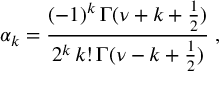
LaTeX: \alpha _ { k } = \frac { ( - 1 ) ^ { k } \, \Gamma ( \nu + k + \frac { 1 } { 2 } ) } { 2 ^ { k } \, k ! \, \Gamma ( \nu - k + \frac { 1 } { 2 } ) } \; ,